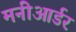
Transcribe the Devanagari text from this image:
मनीआर्डर